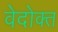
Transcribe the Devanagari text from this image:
वेदोक्‍त